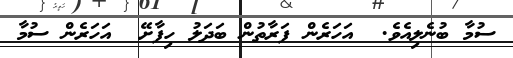
ސުމާ ބުނެލިއެވެ.  އަހަރެން ފަރާތުން ބަދަލު ހިފާށޭ  އަހަރެން ސުމާ